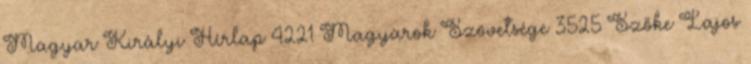
Magyar Királyi Hírlap 4221 Magyarok Szövetsége 3525 Szőke Lajos